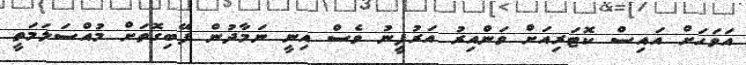
އަވަހަށް އައިސް ކޮޓަރިއަށް ވަންއިރު އަރުފީނު ވެސް އިނީ ނަމާދުން ފޭބިގޮތަށް މުއްސަލަމަތީ